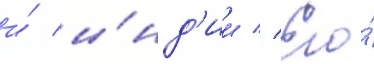
и́ и́нд'ии // Его́